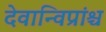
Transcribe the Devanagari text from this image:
देवान्विप्रांश्च